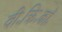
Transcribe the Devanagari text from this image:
वी॰क्रि॰कॉ॰